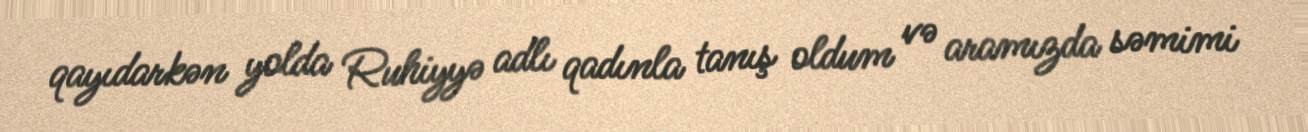
qayıdarkən yolda Ruhiyyə adlı qadınla tanış oldum və aramızda səmimi